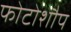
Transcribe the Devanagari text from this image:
फोटोशौप